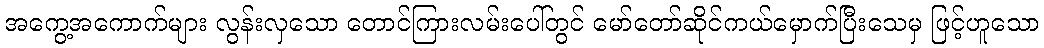
အကွေ့အကောက်များ လွန်းလှသော တောင်ကြားလမ်းပေါ်တွင် မော်တော်ဆိုင်ကယ်မှောက်ပြီးသေမှ ဖြင့်ဟူသော